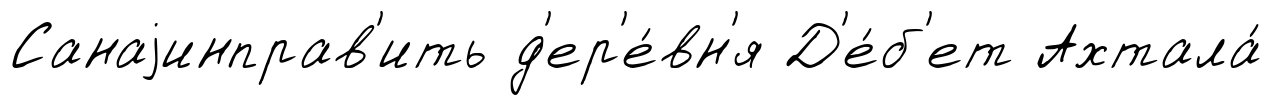
Санаjинправ'ить д'ер'е́вн'я Д'е́б'ет Ахтала́